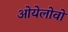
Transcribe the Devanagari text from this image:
ओयेलोवो